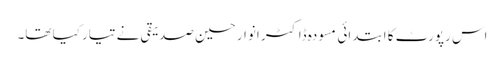
اس رپورٹ کا ابتدائی مسودہ ڈاکٹر انوار حسین صدیقی نے تیار کیا تھا۔